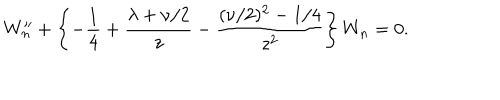
W _ { n } ^ { \prime \prime } + \left\{ { - { \frac { 1 } { 4 } } + { \frac { \lambda + \nu / 2 } { z } } - { \frac { ( \nu / 2 ) ^ { 2 } - 1 / 4 } { z ^ { 2 } } } } \right\} W _ { n } = 0 .